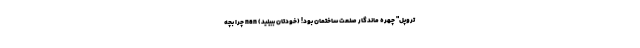
تروپل" چهره ماندگار صنعت ساختمان بود! (خودتان ببینید) nan چرا بچه